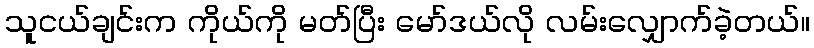
သူငယ်ချင်းက ကိုယ်ကို မတ်ပြီး မော်ဒယ်လို လမ်းလျှောက်ခဲ့တယ်။